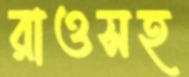
রাওসহ